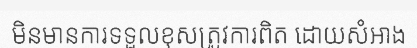
មិនមានការទទួលខុសត្រូវការពិត ដោយសំអាង